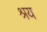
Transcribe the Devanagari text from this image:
श्रय